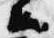
公